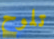
تلوح